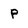
Character: p